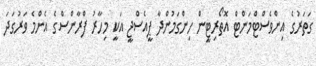
ގަތަރުގެ އިންވެސްޓްމަންޓް އޮތޯރިޓީން ހިންގަމުންދާ ޕީއެސްޖީ އަކީ މިހާރު ފްރާންސްގެ އެންމެ ވަރުގަދަ